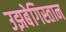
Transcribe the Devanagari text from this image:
उझबेगिस्तान